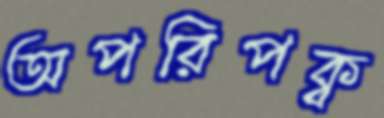
অপরিপক্ব